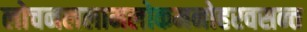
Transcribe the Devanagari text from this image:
लोचनललामलोकमनोहरवसन्त